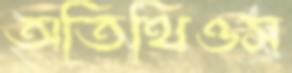
অতিথিওস